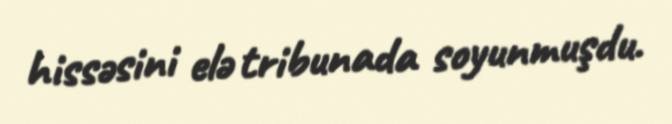
hissəsini elə tribunada soyunmuşdu.